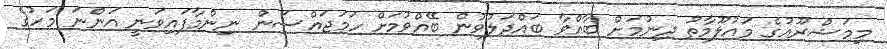
މިމަޝްރޫއުގެ މައުލޫމާތު ދިނުމަށް ބާއްވާ ބައްދަލުވުން ބޭއްވުމަށް ހަމަޖައްސަން ނިންމާފައިވަނީ އަންނަ މަހުގެ